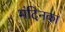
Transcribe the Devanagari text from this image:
मंदिनका